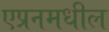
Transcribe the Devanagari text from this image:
एप्रनमधील